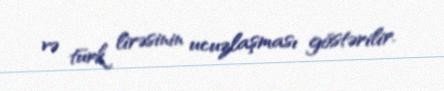
və türk lirəsinin ucuzlaşması göstərilir.